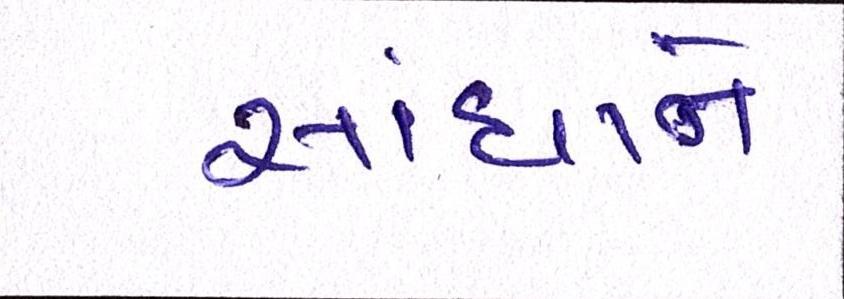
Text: સાંધાને